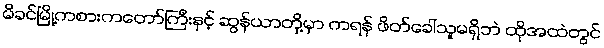
မိခင်မြို့ကစားကတော်ကြီးနှင့် ဆွန်ယာတို့မှာ ကရန် ဖိတ်ခေါ်သူမရှိဘဲ ထိုအထဲတွင်